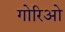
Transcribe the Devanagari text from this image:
गोरिओ